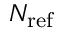
N _ { \mathrm { r e f } }